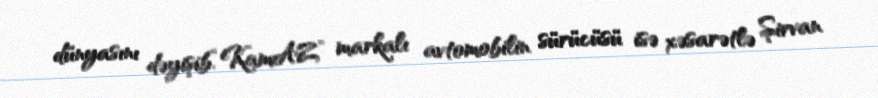
dünyasını dəyişib.“KamAZ” markalı avtomobilin sürücüsü isə xəsarətlə Şirvan